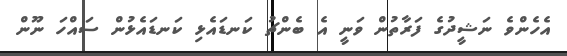
އެހެންވެ ނަޝީދުގެ ފަރާތުން ވަނީ އެ ބެންޗު ކަނޑައެޅި ކަނޑައެޅުން ސައްހަ ނޫން